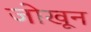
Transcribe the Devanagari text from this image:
जोखून